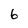
Character: 6